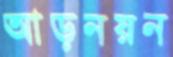
আড়নয়ন